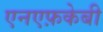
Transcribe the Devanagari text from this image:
एनएफ़केबी